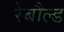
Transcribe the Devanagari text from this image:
रेबौल्ड